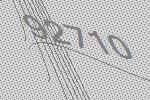
92710